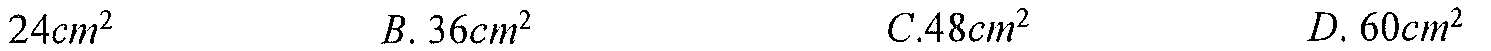
\(24\mathrm{cm}^{2}\)  B. \(36\mathrm{cm}^{2}\)  C. \(48\mathrm{cm}^{2}\)  D. \(60\mathrm{cm}^{2}\)